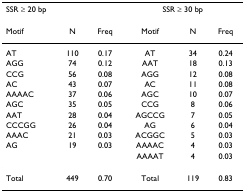
| <COLSPAN=3> SSR ≥ 20 bp | <COLSPAN=3> SSR ≥ 30 bp |
 | --- | --- | --- | --- | --- | --- |
 | Motif | N | Freq | Motif | N | Freq |
 | AT | 110 | 0.17 | AT | 34 | 0.24 |
 | AGG | 74 | 0.12 | AAT | 18 | 0.13 |
 | CCG | 56 | 0.08 | AGG | 12 | 0.08 |
 | AC | 43 | 0.07 | AC | 11 | 0.08 |
 | AAAAC | 37 | 0.06 | AGC | 10 | 0.07 |
 | AGC | 35 | 0.05 | CCG | 8 | 0.06 |
 | AAT | 28 | 0.04 | AGCCG | 7 | 0.05 |
 | CCCGG | 26 | 0.04 | AG | 6 | 0.04 |
 | AAAC | 21 | 0.03 | ACGGC | 5 | 0.03 |
 | AG | 19 | 0.03 | AAAAC | 4 | 0.03 |
 |  |  |  | AAAAT | 4 | 0.03 |
 | Total | 449 | 0.70 | Total | 119 | 0.83 |